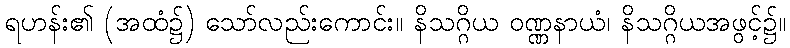
ရဟန်း၏ (အထံ၌) သော်လည်းကောင်း။ နိသဂ္ဂိယ ဝဏ္ဏနာယံ၊ နိသဂ္ဂိယအဖွင့်၌။